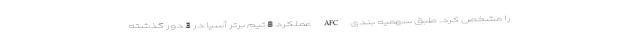
را مشخص کرد. طبق سهمیه بندی AFC عملکرد 8 تیم برتر آسیا در 3 دور گذشته